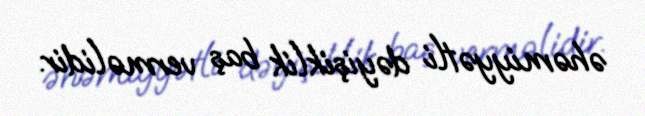
əhəmiyyətli dəyişiklik baş verməlidir.